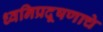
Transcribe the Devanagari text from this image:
ध्वनिप्रदूषणाचे